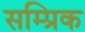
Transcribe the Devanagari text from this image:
सम्प्रिक